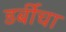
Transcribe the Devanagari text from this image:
डर्बीचा